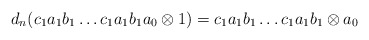
\begin{align*}d_n(c_1a_1b_1 \dots c_1a_1b_1a_0 \otimes 1) = c_1a_1b_1 \dots c_1a_1b_1 \otimes a_0\end{align*}